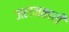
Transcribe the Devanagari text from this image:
जलनकारी